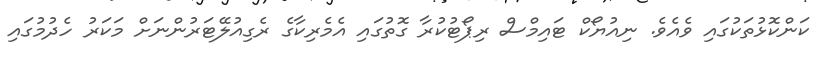
ކަންކޮޅުތަކުގައި ވެއެވެ. ނިއުޔޯކް ޓައިމްސް ރިޕޯޓުކުރާ ގޮތުގައި އެމެރިކާގެ ރެގިއުލޭޓަރުންނަށް މަކަރު ހެދުމުގައި